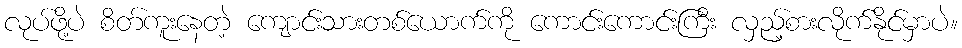
လုပ်ဖို့ပဲ စိတ်ကူးနေတဲ့ ကျောင်းသားတစ်ယောက်ကို ကောင်းကောင်းကြီး လှည့်စားလိုက်နိုင်မှာပဲ။